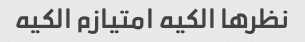
نظرها الکیه امتیازم الکیه